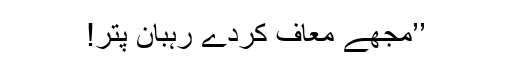
’’مجھے معاف کردے رہبان پتر!